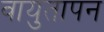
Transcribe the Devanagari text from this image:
वायुतापन